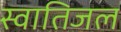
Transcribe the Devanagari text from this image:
स्वातिजल